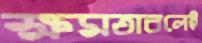
ক্ষমতাবলেই